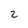
Character: 2